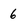
Character: 6